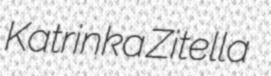
Katrinka Zitella